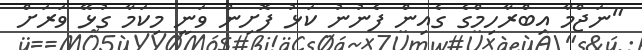
"ނަޖްމާ އިބްރާހިމްގެ ގެއިން ފެނުނު ކަޅު ފޮށިން ވަނީ މިކަމާ ގުޅޭ ވަރަށް